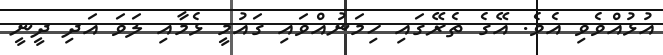
އުޅުއްވެވި އެވެ. އޭގެ ތެރޭގައި ހިމަނުއްވައި ގައުމީ ޅެމާއި ލަވަ އަދި ދީނީ